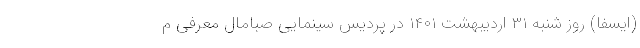
(ایسفا) روز شنبه ۳۱ اردیبهشت ۱۴۰۱ در پردیس سینمایی صبامال معرفی م